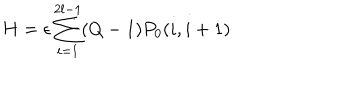
H = \epsilon \sum _ { i = 1 } ^ { 2 l - 1 } ( Q - 1 ) P _ { 0 } ( i , i + 1 )